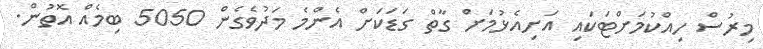
މިރުސް ހިއްކުމަށްޓަކައި އަށިއެޅުމަށް ގާތް ގަޑަކަށް އެންމެ މަދުވެގެން 5050 ބިމެއް އޮތުން.